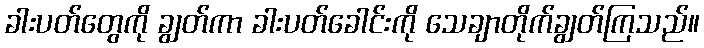
ခါးပတ်တွေကို ချွတ်ကာ ခါးပတ်ခေါင်းကို သေချာတိုက်ချွတ်ကြသည်။